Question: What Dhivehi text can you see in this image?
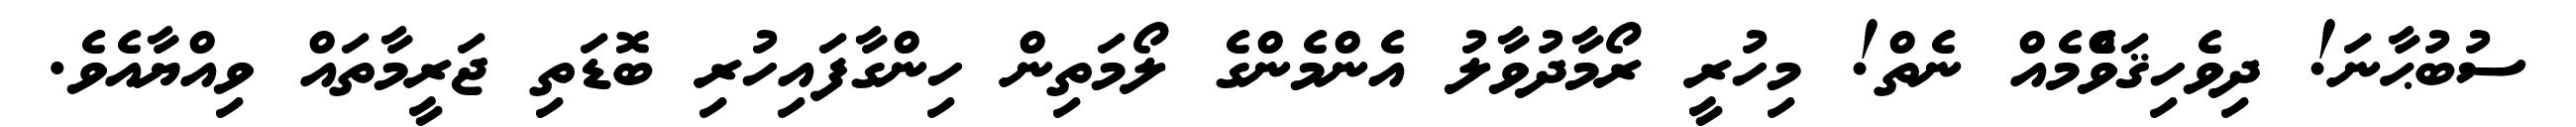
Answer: ސުބުޙާނަ! ދިވެހިޤަވްެމެއް ނެތް! މިހުރީ ރޯމާދުވާލު އެންމެންގެ ލޯމަތިން ހިންގާފައިހުރި ބޮޑަތި ޖަރީމާތައް ވިއްޔާއެވެ.